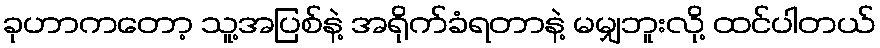
ခုဟာကတော့ သူ့အပြစ်နဲ့ အရိုက်ခံရတာနဲ့ မမျှဘူးလို့ ထင်ပါတယ်